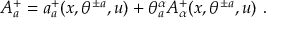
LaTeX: A _ { a } ^ { + } = a _ { a } ^ { + } ( x , \theta ^ { \pm a } , u ) + \theta _ { a } ^ { \alpha } A _ { \alpha } ^ { + } ( x , \theta ^ { \pm a } , u ) \ .